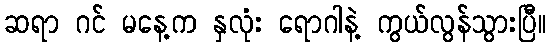
ဆရာ ဂင် မနေ့က နှလုံး ရောဂါနဲ့ ကွယ်လွန်သွားပြီ။